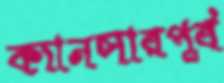
ক্যানসারপূর্ব